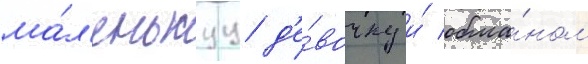
ма́л'енькуу д'е́вочку и́ обма́ном